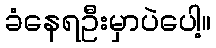
ခံနေရဦးမှာပဲပေါ့။